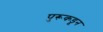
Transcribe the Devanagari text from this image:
पुरूकडून